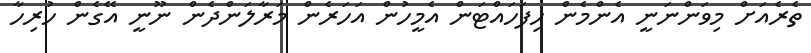
ތެރެއަށް މިވަންނަނީ އެންމެން ހިފަހައްޓަން އެމީހުން އަހަރެން މަރާލަންދެން ނޫނީ އޭގެން ހުރިހާ